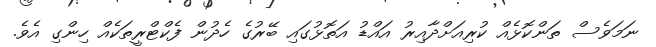
ނަމަވެސް ތަންކޮޅެއް ކުރިއަށްދާއިރު އައްޑު އަތޮޅުގައި ބޭރުގެ ހެދުން ފެކްޓްރީތަކެއް ހިންގި އެވެ.